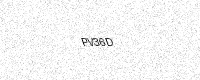
Text: PV36D